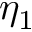
\eta _ { 1 }